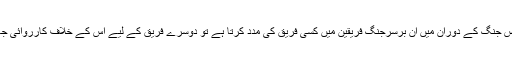
البتہ اگر یہ شخص جنگ کے دوران میں ان برسرِجنگ فریقین میں کسی فریق کی مدد کرتا ہے تو دوسرے فریق کے لیے اس کے خلاف کارروائی جائز ہوجاتی ہے ۔